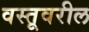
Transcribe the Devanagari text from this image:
वस्तूवरील